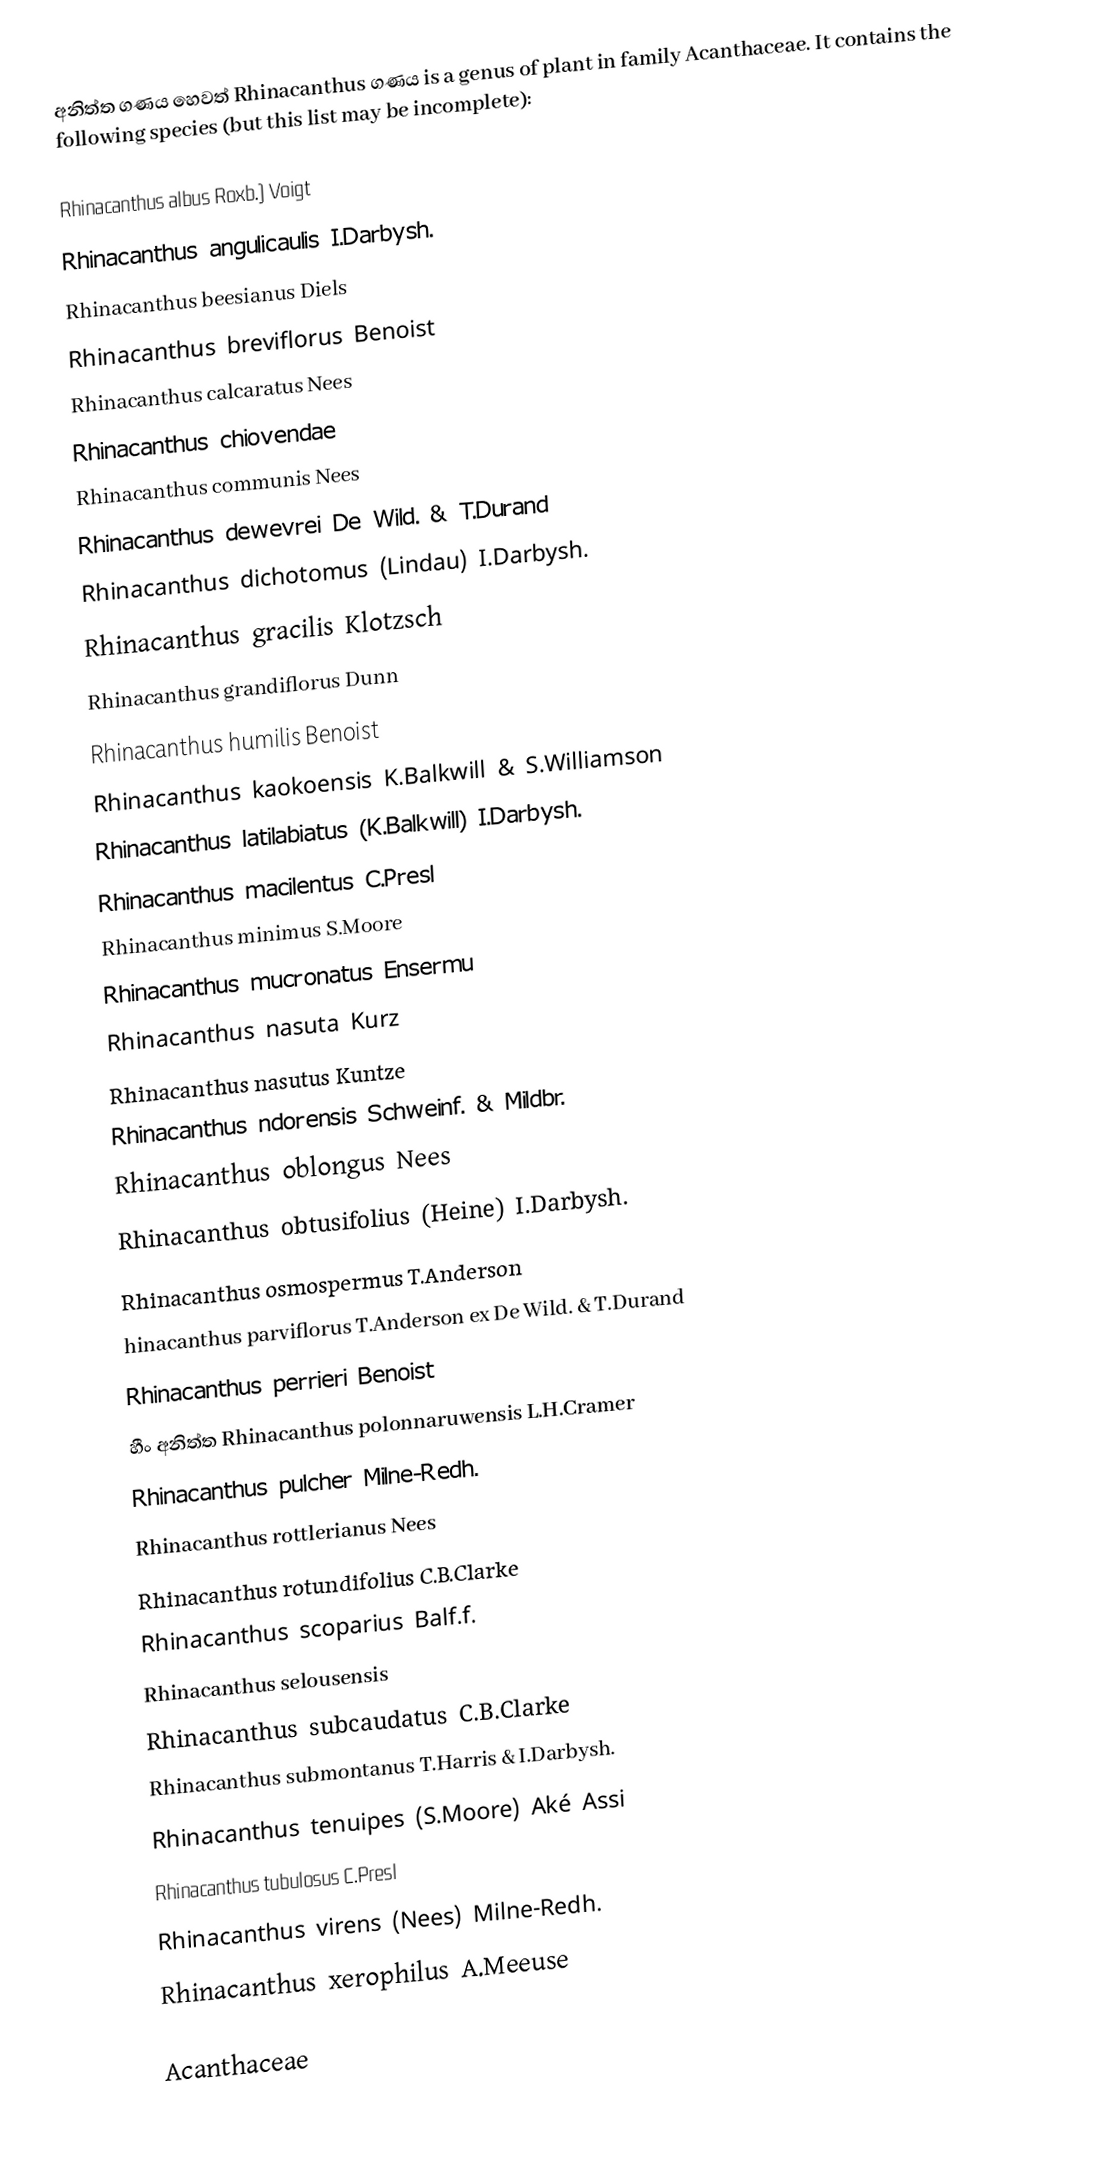
අනිත්ත ගණය හෙවත් Rhinacanthus ගණය is a genus of plant in family Acanthaceae. It contains the following species (but this list may be incomplete):

 Rhinacanthus albus Roxb.) Voigt
 Rhinacanthus angulicaulis  I.Darbysh.
 Rhinacanthus beesianus  Diels
 Rhinacanthus breviflorus  Benoist
 Rhinacanthus calcaratus  Nees
 Rhinacanthus chiovendae
 Rhinacanthus communis  Nees
 Rhinacanthus dewevrei  De Wild. & T.Durand
 Rhinacanthus dichotomus  (Lindau) I.Darbysh.
 Rhinacanthus gracilis  Klotzsch
 Rhinacanthus grandiflorus  Dunn
 Rhinacanthus humilis  Benoist
 Rhinacanthus kaokoensis  K.Balkwill & S.Williamson
 Rhinacanthus latilabiatus  (K.Balkwill) I.Darbysh.
 Rhinacanthus macilentus  C.Presl
 Rhinacanthus minimus  S.Moore
 Rhinacanthus mucronatus  Ensermu
 Rhinacanthus nasuta  Kurz
 Rhinacanthus nasutus  Kuntze
 Rhinacanthus ndorensis  Schweinf. & Mildbr.
 Rhinacanthus oblongus  Nees
 Rhinacanthus obtusifolius  (Heine) I.Darbysh.
 Rhinacanthus osmospermus  T.Anderson
 hinacanthus parviflorus  T.Anderson ex De Wild. & T.Durand
 Rhinacanthus perrieri  Benoist
 හීං අනිත්ත Rhinacanthus polonnaruwensis  L.H.Cramer
 Rhinacanthus pulcher  Milne-Redh.
 Rhinacanthus rottlerianus  Nees
 Rhinacanthus rotundifolius  C.B.Clarke
 Rhinacanthus scoparius  Balf.f.
 Rhinacanthus selousensis
 Rhinacanthus subcaudatus  C.B.Clarke
 Rhinacanthus submontanus  T.Harris & I.Darbysh.
 Rhinacanthus tenuipes  (S.Moore) Aké Assi
 Rhinacanthus tubulosus  C.Presl
 Rhinacanthus virens  (Nees) Milne-Redh.
 Rhinacanthus xerophilus  A.Meeuse

Acanthaceae